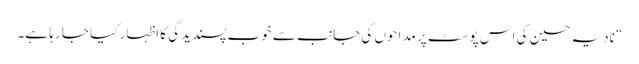
“ نادیہ حسین کی اس پوسٹ پر مداحوں کی جانب سے خوب پسندیدگی کا اظہار کیا جا رہا ہے۔